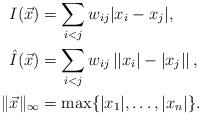
LaTeX: \begin{align*}I(\vec x)&=\sum_{i< j}w_{ij}|x_i-x_j|,\\\hat{I}(\vec x)&=\sum_{i<j}w_{ij}\left||x_i|-|x_j|\right|,\\\|\vec x\|_\infty&=\max\{|x_1|,\ldots,|x_n|\}.\end{align*}